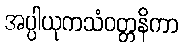
အပ္ပါယုကသံဝတ္တနိကာ